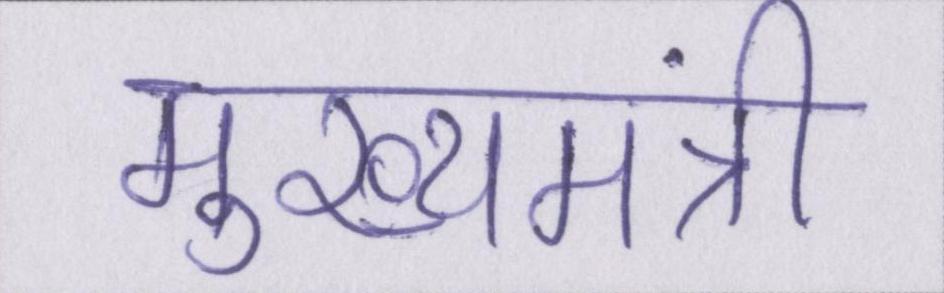
मुख्यमंत्री